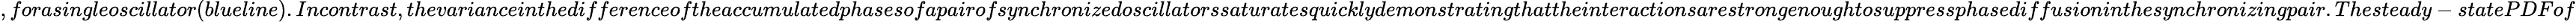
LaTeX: ,forasingleoscillator(blueline).Incontrast,thevarianceinthedifferenceoftheaccumulatedphasesofapairofsynchronizedoscillatorssaturatesquicklydemonstratingthattheinteractionsarestrongenoughtosuppressphasediffusioninthesynchronizingpair.Thesteady-statePDFof